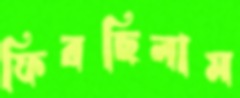
ফিরছিলাম